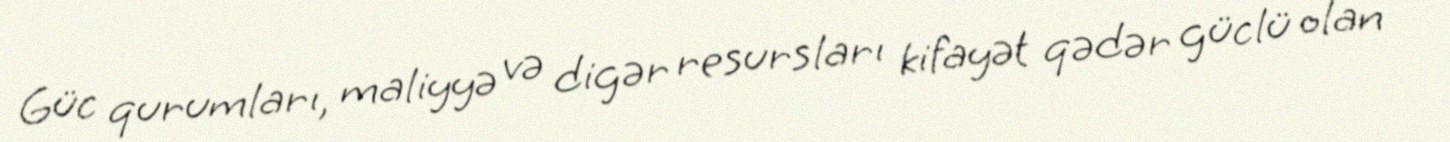
Güc qurumları, maliyyə və digər resursları kifayət qədər güclü olan